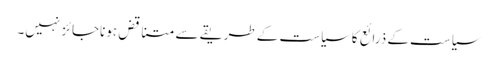
سیاست کے ذرائع کاسیاست کے طریقے سے متناقض ہوناجائز نہیں۔